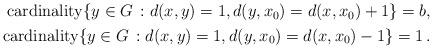
LaTeX: \begin{align*}\begin{aligned}\operatorname{cardinality}\{y\in G\,: d(x,y)=1, d(y, x_0)=d(x, x_0)+1\}=b, \\\operatorname{cardinality}\{y\in G\,: d(x,y)=1, d(y, x_0)=d(x, x_0)-1\}=1\,.\end{aligned}\end{align*}